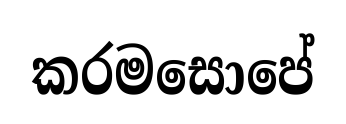
කරමසොපේ